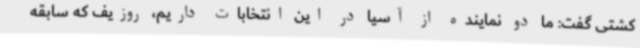
کشتی گفت: ما دو نماینده از آسیا در این انتخابات داریم، روزیف که سابقه